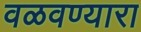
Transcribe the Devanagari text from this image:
वळवण्यारा